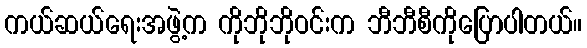
ကယ်ဆယ်ရေးအဖွဲ့က ကိုဘိုဘိုဝင်းက ဘီဘီစီကိုပြောပါတယ်။